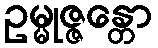
ဥမ္မုဇ္ဇန္တော